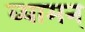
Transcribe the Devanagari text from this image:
व्यामन्